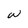
Character: W